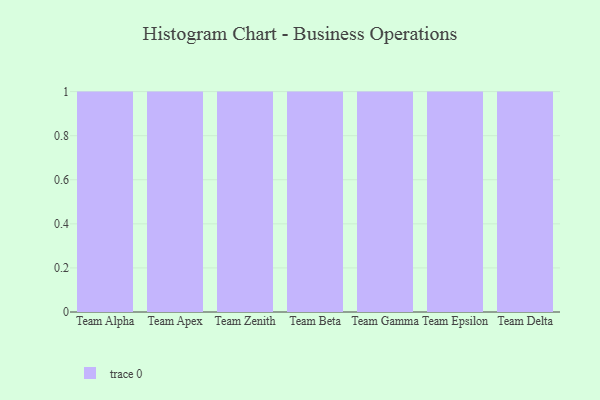
{"axis": {"x": "Team", "y": "Page Views"}, "legend": [""], "data": [{"x": "Team Alpha", "y": 12, "type": ""}, {"x": "Team Apex", "y": 51, "type": ""}, {"x": "Team Zenith", "y": 70, "type": ""}, {"x": "Team Beta", "y": 46, "type": ""}, {"x": "Team Gamma", "y": 52, "type": ""}, {"x": "Team Epsilon", "y": 91, "type": ""}, {"x": "Team Delta", "y": 32, "type": ""}]}